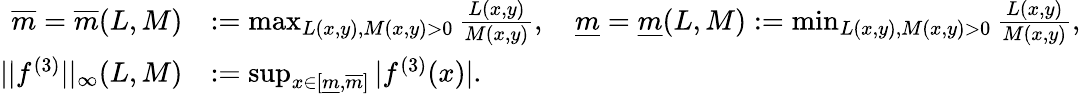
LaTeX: \begin{array}{rl}{\overline{{m}}=\overline{{m}}(L,M)}&{:=\operatorname*{max}_{L(x,y),M(x,y)>0}\frac{L(x,y)}{M(x,y)},\quad\underline{{m}}=\underline{{m}}(L,M):=\operatorname*{min}_{L(x,y),M(x,y)>0}\frac{L(x,y)}{M(x,y)},}\\ {||f^{(3)}||_{\infty}(L,M)}&{:=\operatorname*{sup}_{x\in[\underline{{m}},\overline{{m}}]}|f^{(3)}(x)|.}\end{array}